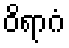
ဝိရာဂံ